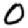
Digit: 0